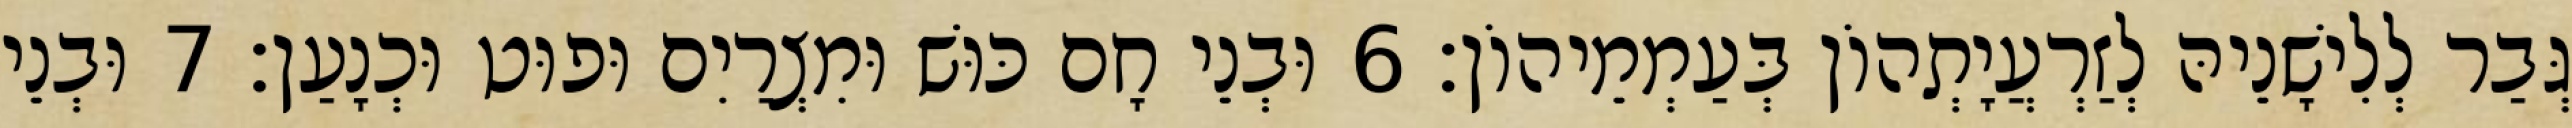
גְּבַר לְלִישָׁנֵיהּ לְזַרְעֲיָתְהוֹן בְּעַמְמֵיהוֹן׃ 6 וּבְנֵי חָם כּוּשׁ וּמִצְרַיִם וּפוּט וּכְנָעַן׃ 7 וּבְנֵי